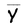
Character: Y